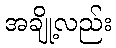
အချို့လည်း